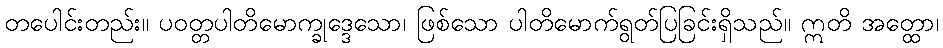
တပေါင်းတည်း။ ပဝတ္တပါတိမောက္ခုဒ္ဒေသော၊ ဖြစ်သော ပါတိမောက်ရွတ်ပြခြင်းရှိသည်။ ဣတိ အတ္ထော၊